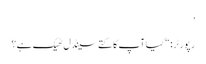
’
رپورٹر: “کیا آپ کا کتے سینڈل ٹھیک ہے؟